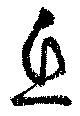
息